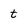
Character: t